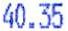
40.35